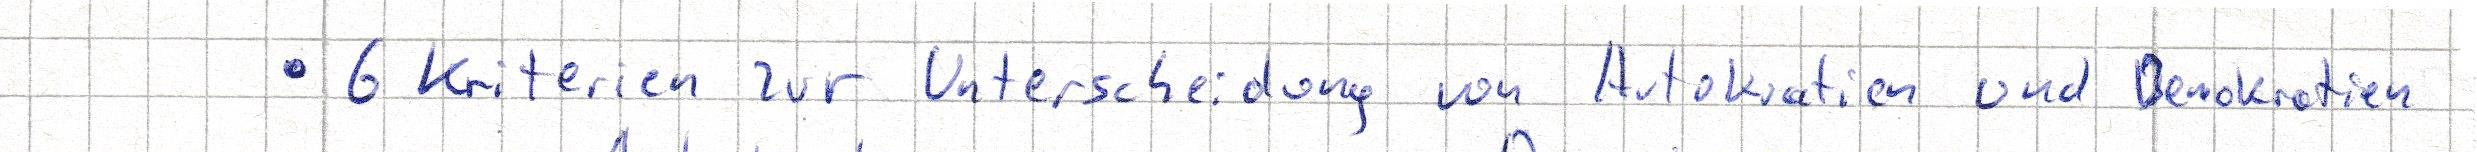
6 Kriterien zur Unterscheidung von Autokratien und Demokratien